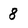
Character: 8